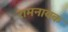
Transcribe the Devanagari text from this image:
रामनायक